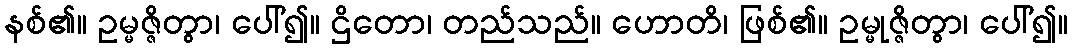
နစ်၏။ ဥမ္မဇ္ဇိတွာ၊ ပေါ်၍။ ဌိတော၊ တည်သည်။ ဟောတိ၊ ဖြစ်၏။ ဥမ္မုဇ္ဇိတွာ၊ ပေါ်၍။